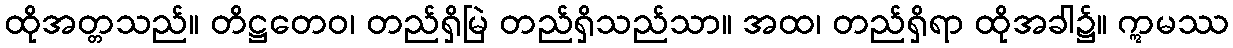
ထိုအတ္တသည်။ တိဋ္ဌတေဝ၊ တည်ရှိမြဲ တည်ရှိသည်သာ။ အထ၊ တည်ရှိရာ ထိုအခါ၌။ ဣမဿ